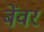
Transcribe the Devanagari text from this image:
बेंवर